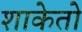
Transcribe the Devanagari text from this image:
शाकेतो